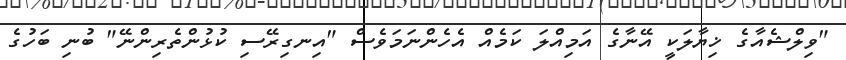
"ވިލްޝެއާގެ ޚިޔާލަކީ އޭނާގެ އަމިއްލަ ކަމެއް އެހެންނަމަވެސް "އިނގިރޭސި ކުޅުންތެރިންނޭ" ބުނި ބަހުގެ